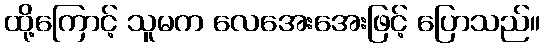
ထို့ကြောင့် သူမက လေအေးအေးဖြင့် ပြောသည်။